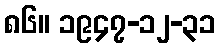
၈၆။ ၁၉၄၇-၁၂-၃၁